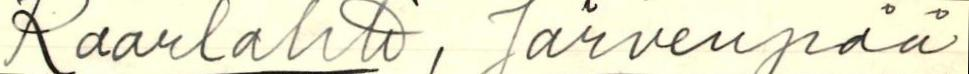
Kaarlahti, Järvenpää